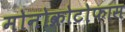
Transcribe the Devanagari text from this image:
मोनोक्रोटोफास